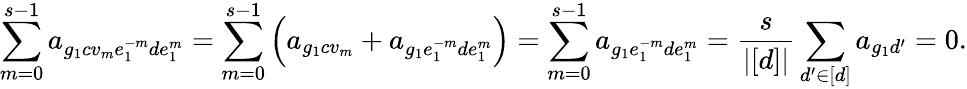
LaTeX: \sum_{m=0}^{s-1}a_{g_{1}cv_{m}e_{1}^{-m}de_{1}^{m}}=\sum_{m=0}^{s-1}\left(a_{g_{1}cv_{m}}+a_{g_{1}e_{1}^{-m}de_{1}^{m}}\right)=\sum_{m=0}^{s-1}a_{g_{1}e_{1}^{-m}de_{1}^{m}}=\frac{s}{|[d]|}\sum_{d^{\prime}\in[d]}a_{g_{1}d^{\prime}}=0.